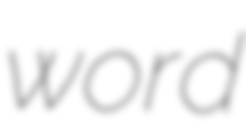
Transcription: word